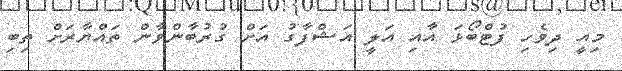
މިއީ ދިވެހި ފުޓްބޯޅަ އާއި އަލީ އަޝްފާގު އަށް ގުރުބާންވާން ތައްޔާރަށް ތިބި